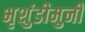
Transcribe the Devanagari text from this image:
भृशुंडीमुनी